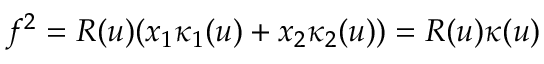
f ^ { 2 } = R ( u ) ( x _ { 1 } \kappa _ { 1 } ( u ) + x _ { 2 } \kappa _ { 2 } ( u ) ) = R ( u ) \kappa ( u )